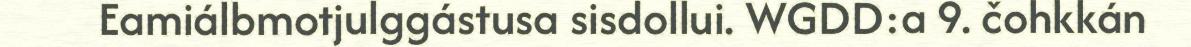
Eamiálbmotjulggástusa sisdollui. WGDD:a 9. čohkkán